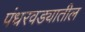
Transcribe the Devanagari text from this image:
पंधरवड्यातील